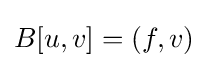
B[u,v]=(f,v)